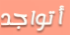
أتواجد